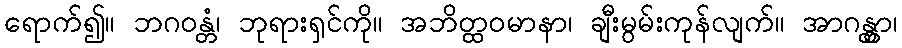
ရောက်၍။ ဘဂဝန္တံ၊ ဘုရားရှင်ကို။ အဘိတ္ထဝမာနာ၊ ချီးမွမ်းကုန်လျက်။ အာဂန္တွာ၊